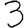
Digit: 3